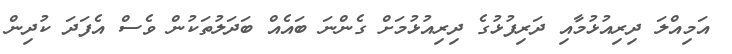
އަމިއްލަ ދިރިއުޅުމާއި ދަރިފުޅުގެ ދިރިއުޅުމަށް ގެންނަ ބައެއް ބަދަލުތަކުން ވެސް އެފަދަ ކުދިން